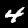
Label: 4